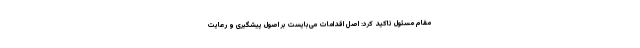
مقام مسئول تاکید کرد: اصل اقدامات می‌بایست بر اصول پیشگیری و رعایت